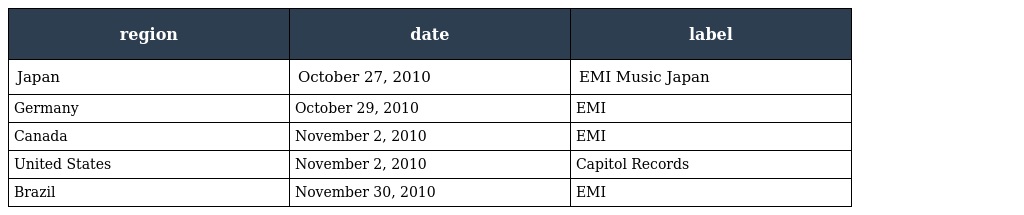
| region | date | label |
 | --- | --- | --- |
 | Japan | October 27, 2010 | EMI Music Japan |
 | Germany | October 29, 2010 | EMI |
 | Canada | November 2, 2010 | EMI |
 | United States | November 2, 2010 | Capitol Records |
 | Brazil | November 30, 2010 | EMI |